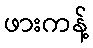
ဖားကန့်